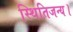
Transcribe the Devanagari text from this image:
स्थितिजन्य।